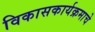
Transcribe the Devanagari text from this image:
विकासकार्यक्रमाचे